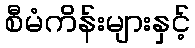
စီမံကိန်းများနှင့်